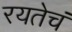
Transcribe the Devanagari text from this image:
रयतेचं